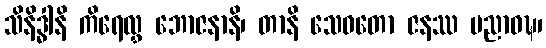
သိနိဒ္ဓါနိ ကိရေလွှ ဘောဇနာနိ၊ တာနိ သေဝတော ဇနဿ ပညာဝဍ္ဎ၊